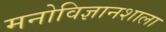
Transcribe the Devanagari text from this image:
मनोविज्ञानशाला